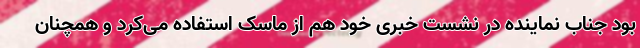
بود جناب نماینده در نشست خبری خود هم از ماسک استفاده می‌کرد و همچنان